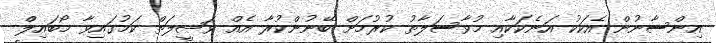
އިންސާނުން އެކަކު އަނެކަކާއި މުވާސަލާތު ކުރުމަށް ބޭނުންކުރާ އެއް ވަޞީލަތް ކަމުގައިވާ މޯބައިލް